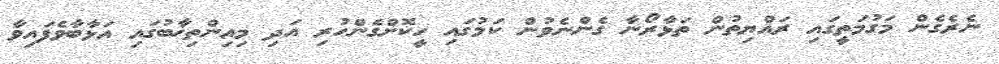
ނެރެގެން މަގުމަތީގައި ރައްޔިތުން ތަޅާރޯނާ ގެންނެވުން ކަމުގައި ހީކޮށްގެންހުރި އަދި މިއިންތިޚާބުގައި އަޅާބާވެފައިވާ